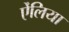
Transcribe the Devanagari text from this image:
ऐंलिया